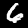
Digit: 6